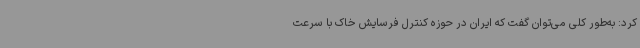
کرد: به‌طور کلی می‌توان گفت که ایران در حوزه کنترل فرسایش خاک با سرعت